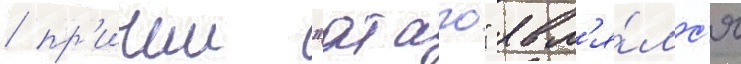
/ пр'ичем "атаго" явл'я́лс'я